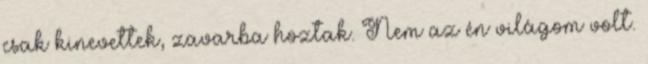
csak kinevettek, zavarba hoztak. Nem az én világom volt.